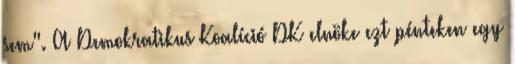
sem". A Demokratikus Koalíció DK elnöke ezt pénteken egy